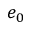
e _ { 0 }